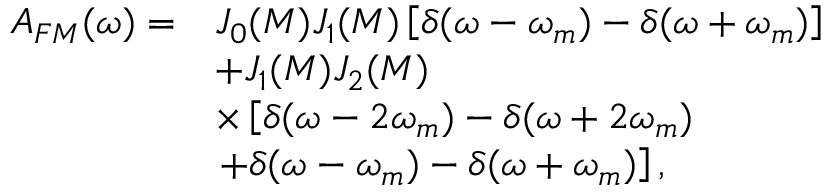
\begin{array} { r l } { A _ { F M } ( \omega ) = } & { J _ { 0 } ( M ) J _ { 1 } ( M ) \left[ \delta ( \omega - \omega _ { m } ) - \delta ( \omega + \omega _ { m } ) \right] } \\ & { + J _ { 1 } ( M ) J _ { 2 } ( M ) } \\ & { \times \left[ \delta ( \omega - 2 \omega _ { m } ) - \delta ( \omega + 2 \omega _ { m } ) \right. } \\ & { \left. + \delta ( \omega - \omega _ { m } ) - \delta ( \omega + \omega _ { m } ) \right] , } \end{array}